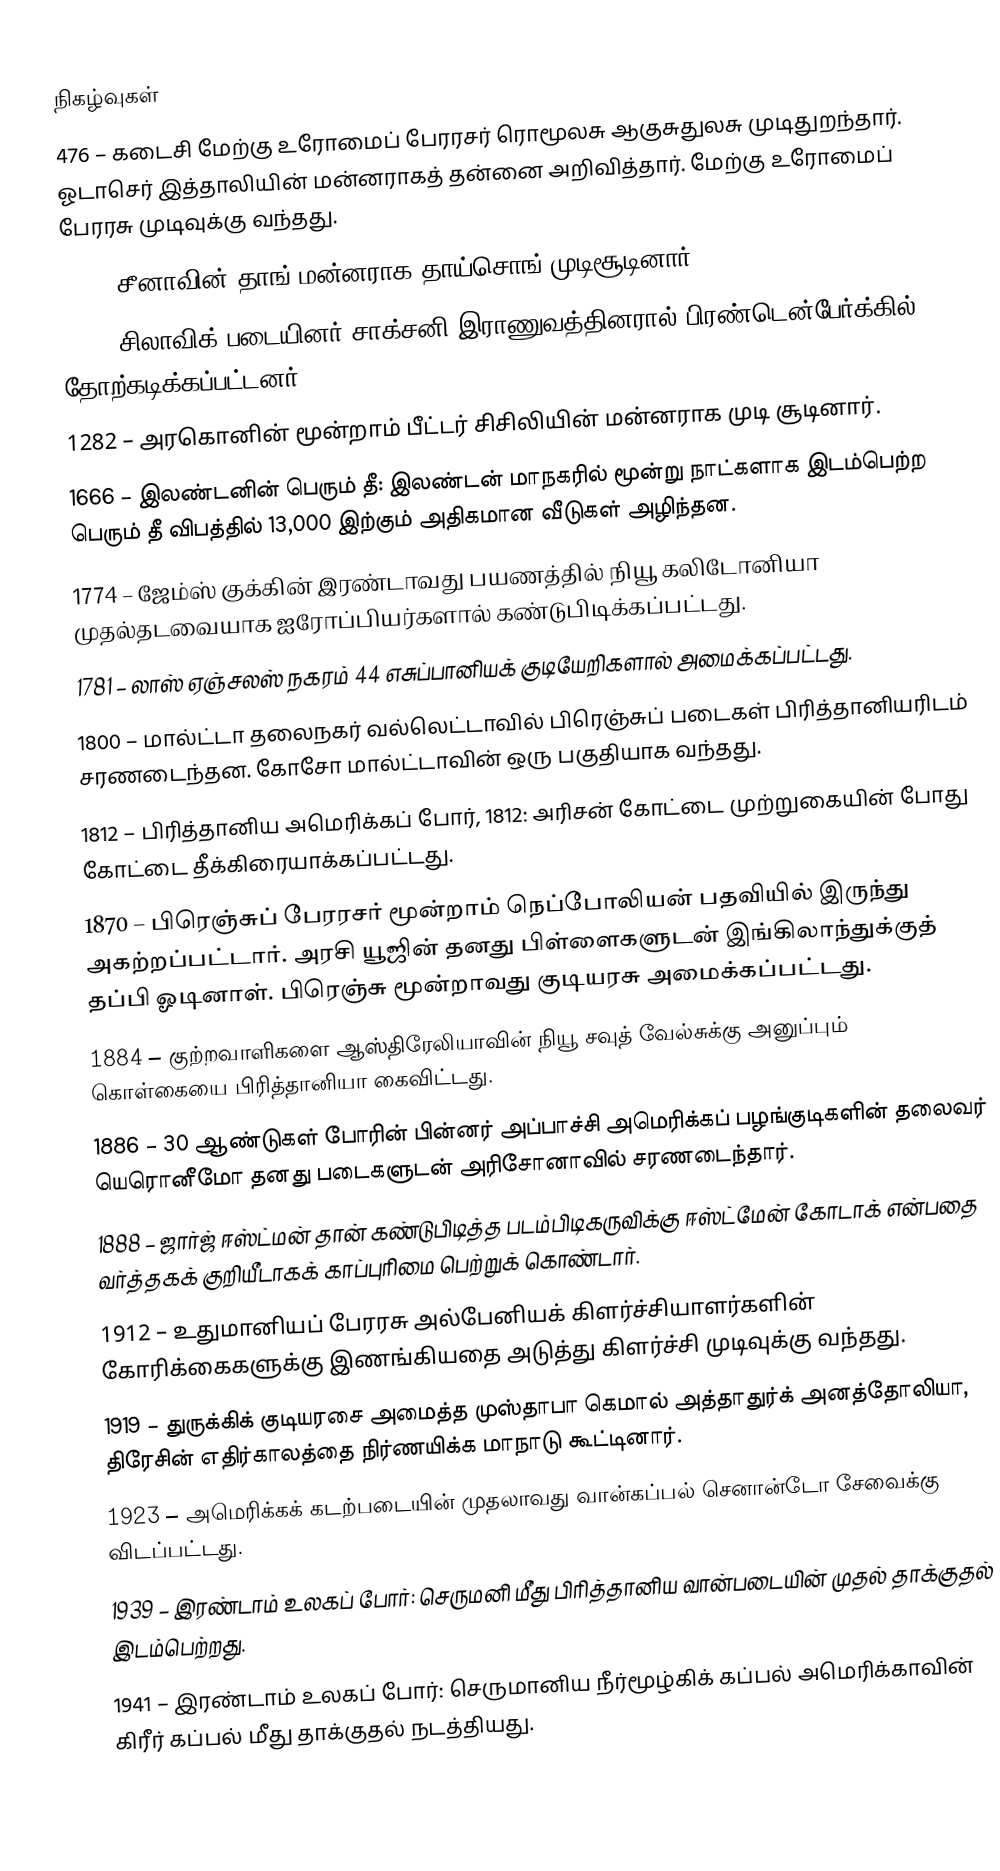

நிகழ்வுகள்
476 – கடைசி மேற்கு உரோமைப் பேரரசர் ரொமூலசு ஆகுசுதுலசு முடிதுறந்தார். ஓடாசெர் இத்தாலியின் மன்னராகத் தன்னை அறிவித்தார். மேற்கு உரோமைப் பேரரசு முடிவுக்கு வந்தது.
626 – சீனாவின் தாங் மன்னராக தாய்சொங் முடிசூடினார்.
929 – சிலாவிக் படையினர் சாக்சனி இராணுவத்தினரால் பிரண்டென்பேர்க்கில் தோற்கடிக்கப்பட்டனர்.
1282 – அரகொனின் மூன்றாம் பீட்டர் சிசிலியின் மன்னராக முடி சூடினார்.
1666 – இலண்டனின் பெரும் தீ: இலண்டன் மாநகரில் மூன்று நாட்களாக இடம்பெற்ற பெரும் தீ விபத்தில் 13,000 இற்கும் அதிகமான வீடுகள் அழிந்தன.
1774 – ஜேம்ஸ் குக்கின் இரண்டாவது பயணத்தில் நியூ கலிடோனியா முதல்தடவையாக ஐரோப்பியர்களால் கண்டுபிடிக்கப்பட்டது.
1781 – லாஸ் ஏஞ்சலஸ் நகரம் 44 எசுப்பானியக் குடியேறிகளால் அமைக்கப்பட்டது.
1800 – மால்ட்டா தலைநகர் வல்லெட்டாவில் பிரெஞ்சுப் படைகள் பிரித்தானியரிடம் சரணடைந்தன. கோசோ மால்ட்டாவின் ஒரு பகுதியாக வந்தது.
1812 – பிரித்தானிய அமெரிக்கப் போர், 1812: அரிசன் கோட்டை முற்றுகையின் போது கோட்டை தீக்கிரையாக்கப்பட்டது.
1870 – பிரெஞ்சுப் பேரரசர் மூன்றாம் நெப்போலியன் பதவியில் இருந்து அகற்றப்பட்டார். அரசி யூஜின் தனது பிள்ளைகளுடன் இங்கிலாந்துக்குத் தப்பி ஓடினாள். பிரெஞ்சு மூன்றாவது குடியரசு அமைக்கப்பட்டது.
1884 – குற்றவாளிகளை ஆஸ்திரேலியாவின் நியூ சவுத் வேல்சுக்கு அனுப்பும் கொள்கையை பிரித்தானியா கைவிட்டது.
1886 – 30 ஆண்டுகள் போரின் பின்னர் அப்பாச்சி அமெரிக்கப் பழங்குடிகளின் தலைவர் யெரொனீமோ தனது படைகளுடன் அரிசோனாவில் சரணடைந்தார்.
1888 – ஜார்ஜ் ஈஸ்ட்மன் தான் கண்டுபிடித்த படம்பிடிகருவிக்கு ஈஸ்ட்மேன் கோடாக் என்பதை வர்த்தகக் குறியீடாகக் காப்புரிமை பெற்றுக் கொண்டார்.
1912 – உதுமானியப் பேரரசு அல்பேனியக் கிளர்ச்சியாளர்களின் கோரிக்கைகளுக்கு இணங்கியதை அடுத்து கிளர்ச்சி முடிவுக்கு வந்தது.
1919 – துருக்கிக் குடியரசை அமைத்த முஸ்தாபா கெமால் அத்தாதுர்க் அனத்தோலியா, திரேசின் எதிர்காலத்தை நிர்ணயிக்க மாநாடு கூட்டினார்.
1923 – அமெரிக்கக் கடற்படையின் முதலாவது வான்கப்பல் செனான்டோ சேவைக்கு விடப்பட்டது.
1939 – இரண்டாம் உலகப் போர்: செருமனி மீது பிரித்தானிய வான்படையின் முதல் தாக்குதல் இடம்பெற்றது.
1941 – இரண்டாம் உலகப் போர்: செருமானிய நீர்மூழ்கிக் கப்பல் அமெரிக்காவின் கிரீர் கப்பல் மீது தாக்குதல் நடத்தியது.
1